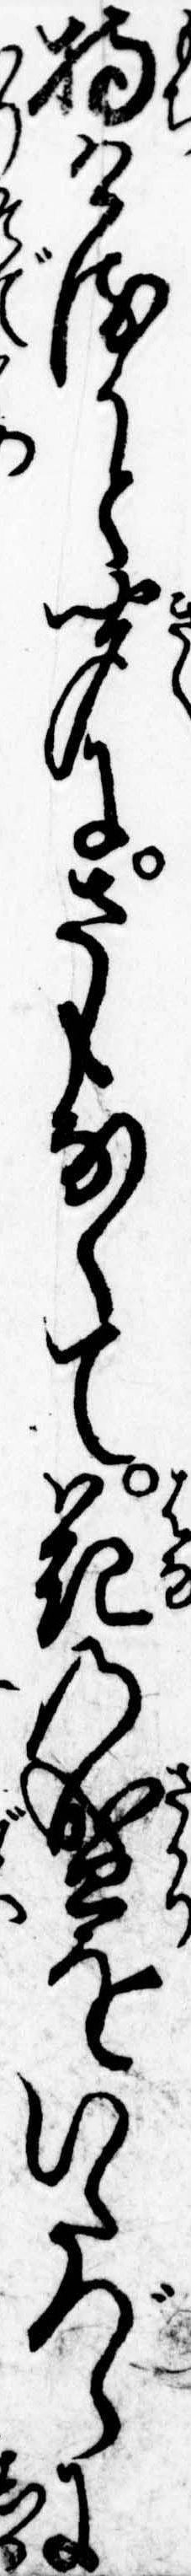
持けるかと聞にさもなくて花の盛をいたづらに